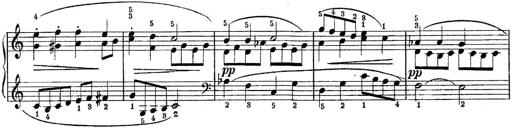
Title: Piano Sonatina No.1 in C major
Composer: Tadeusz Joteyko
Key: C major